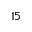
1 5